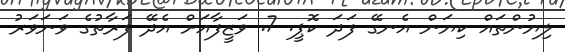
ލިޔުންތައް ކިޔަން އެނގޭ ފަދަ ކޮޕީ. 7. ވަޒީފާއަށް އެދޭ ފަރާތުގެ ވަނަވަރު